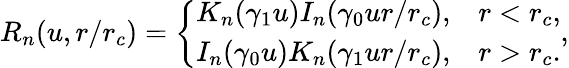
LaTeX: R_{n}(u,r/r_{c})=\left\{ \begin{array}{cc}{K_{n}(\gamma_{1}u)I_{n}(\gamma_{0}ur/r_{c}),}&{r<r_{c},}\\ {I_{n}(\gamma_{0}u)K_{n}(\gamma_{1}ur/r_{c}),}&{r>r_{c}.}\end{array}\right.,